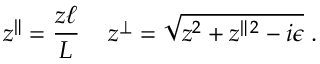
z ^ { \| } = \frac { z \ell } { L } \, \quad z ^ { \perp } = \sqrt { z ^ { 2 } + z ^ { \| \, 2 } - i \epsilon } \; .